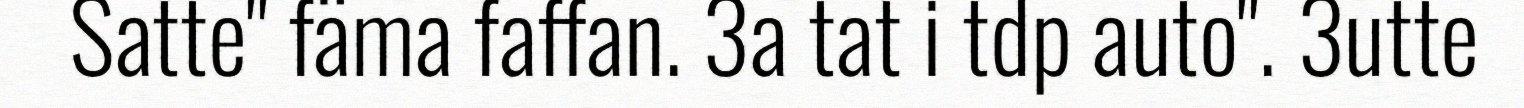
Satte" fäma faffan. 3a tat i tdp auto". 3utte